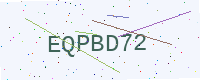
Text: EQPBD72